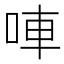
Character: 唓